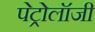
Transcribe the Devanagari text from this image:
पेट्रोलॉजी